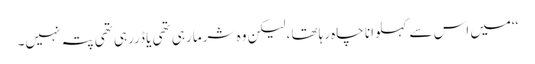
‘‘میں اس سے کہلوانا چاہ رہاتھا ،لیکن وہ شرما رہی تھی یا ڈررہی تھی پتہ نہیں۔